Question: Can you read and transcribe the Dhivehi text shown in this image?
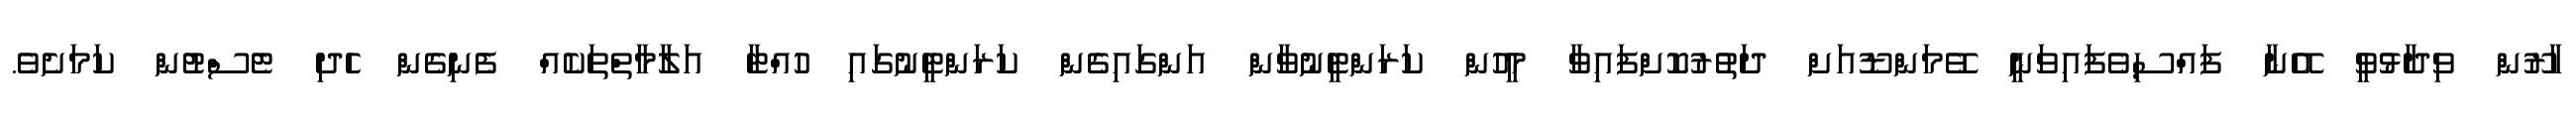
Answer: ހާރޫން ވިދާޅުވީ އޭނާ ފައްސިވެފައިވަނީ ވޭމަންޑޫއަށް ދަތުރުކޮށްފައިވާ މީހުން ކަރަންޓީނުވާން އަންގައިގެން ކަރަންޓީނުގައި ހުއްޓާ އަލާމާތްތަކެއް ފެނިގެން ހެދި ޓެސްޓުން ކަމަށެވެ.